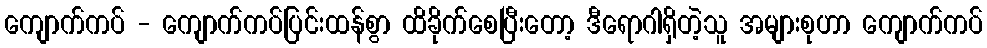
ကျောက်ကပ် - ကျောက်ကပ်ပြင်းထန်စွာ ထိခိုက်စေပြီးတော့ ဒီရောဂါရှိတဲ့သူ အများစုဟာ ကျောက်ကပ်